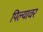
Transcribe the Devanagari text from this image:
पिल्यावर